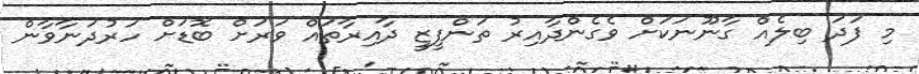
މި ފަދަ ބިލެއް ގާނޫނަކަށް ވެގެންދާއިރު ތަންފީޒީ ދާއިރާތައް ވަރަށް ބޮޑަށް ހަރުދަނާވާން